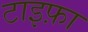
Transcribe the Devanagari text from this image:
टाइफ़ा